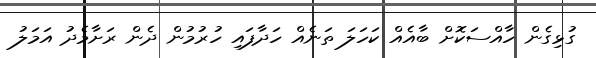
ގުޅިގެން ހާއްސަކޮށް ބާއެއް ކަހަލަ ތަނެއް ހަދާފައި ހުރުމުން ދެން ރަށާމެދު އަމަލު